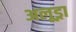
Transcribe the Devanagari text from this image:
अलूड्रा